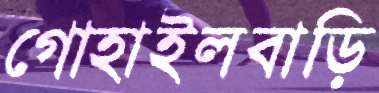
গোহাইলবাড়ি